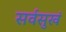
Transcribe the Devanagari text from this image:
सर्वसुखं